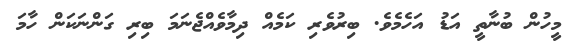
މީހުން ބުނާތީ އަޑު އަހެމެވެ. ބިރުވެރި ކަމެއް ދިމާވެއްޖެނަމަ ބިރި ގަންނަކަން ހާމަ